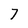
Character: 7